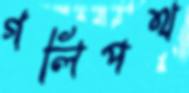
গলিপথ